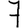
Digit: 7